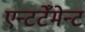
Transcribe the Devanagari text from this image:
एन्टटेँमेन्ट